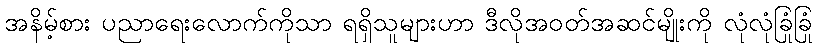
အနိမ့်စား ပညာရေးလောက်ကိုသာ ရရှိသူများဟာ ဒီလိုအဝတ်အဆင်မျိုးကို လုံလုံခြုံခြုံ